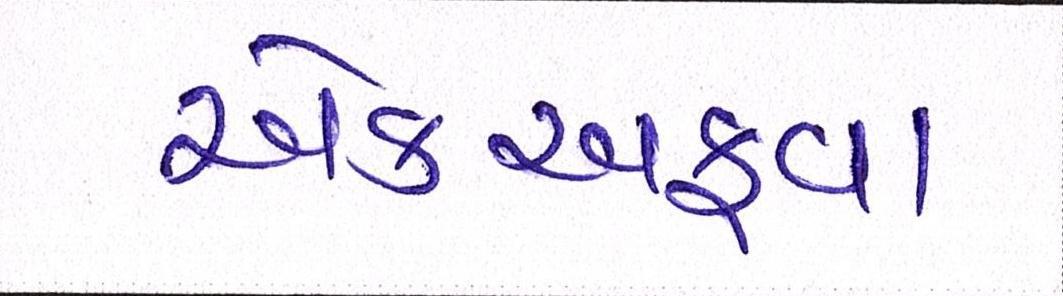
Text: એકઅફવા